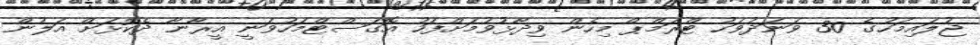
ޖުލައިމަހުގެ 30 ވަނަދުވަހު ޓްރަމްޕް މިހެން ވިދާޅުވުމަށްފަހު އޮގަސްޓްމަހުވަނީ އީރާނާ ދެކޮޅަށް އަލުން